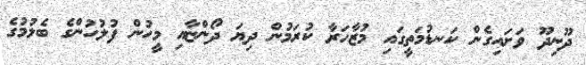
ދޫނިދޫ ވަށައިގެން ކަނޑުމަތީގައި މުޒާހަރާ ކުރަމުން ދިޔަ ދޯންޏާއި މީހުން ފުލުހުންގެ ބެލުމުގެ